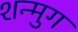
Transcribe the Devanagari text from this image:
शन्मुग